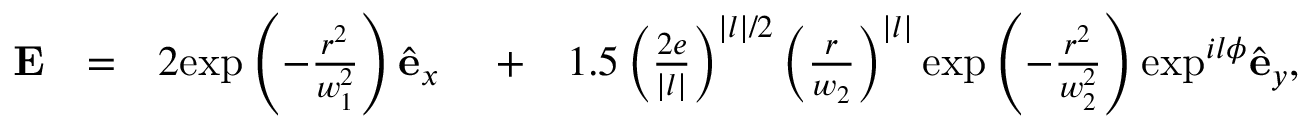
\begin{array} { r l r l r } { \mathbf { E } } & { = } & { 2 \mathrm { e x p } \left( - \frac { r ^ { 2 } } { w _ { 1 } ^ { 2 } } \right) \hat { \mathbf { e } } _ { x } \ } & { + } & { 1 . 5 \left( \frac { 2 e } { | l | } \right) ^ { | l | / 2 } \left( \frac { r } { w _ { 2 } } \right) ^ { | l | } \mathrm { e x p } \left( - \frac { r ^ { 2 } } { w _ { 2 } ^ { 2 } } \right) \mathrm { e x p } ^ { i l \phi } \hat { \mathbf { e } } _ { y } , } \end{array}